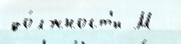
до́лжност'и М